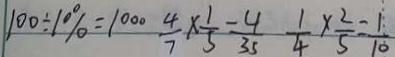
1 0 0 \div 1 0 \% = 1 0 0 \frac { 4 } { 7 } \times \frac { 1 } { 5 } = \frac { 4 } { 3 5 } \frac { 1 } { 4 } \times \frac { 2 } { 5 } = \frac { 1 } { 1 0 }